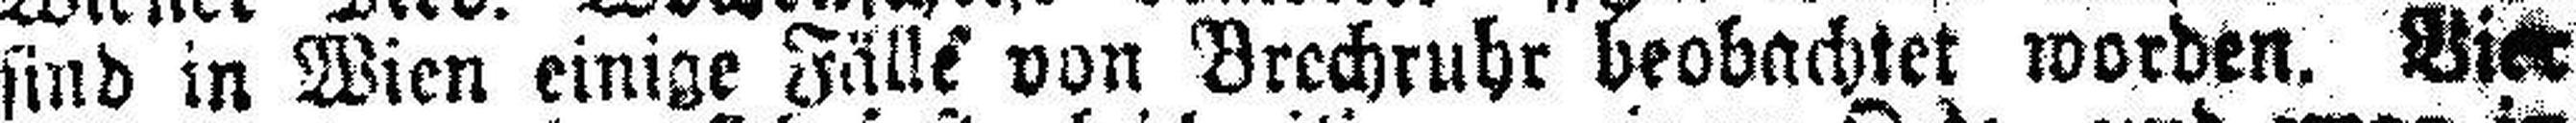
sind in Wien einige Fälle von Brechruhr beobachtet worden. Bier